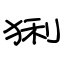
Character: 猁